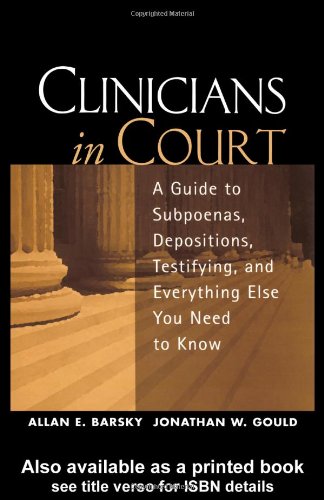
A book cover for Clinicians in Court: A Guide to Subpoenas, Depositions, Testifying, and Everything Else You Need to Know; Allan E. Barsky PhD; Law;